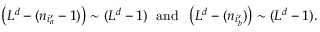
\left( L ^ { d } - ( n _ { i _ { a } ^ { \prime } } - 1 ) \right) \sim ( L ^ { d } - 1 ) \; \mathrm { ~ a n d ~ } \; \left( L ^ { d } - ( n _ { i _ { b } ^ { \prime } } ) \right) \sim ( L ^ { d } - 1 ) .